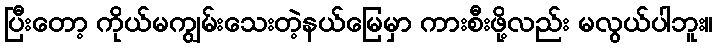
ပြီးတော့ ကိုယ်မကျွမ်းသေးတဲ့နယ်မြေမှာ ကားစီးဖို့လည်း မလွယ်ပါဘူး။